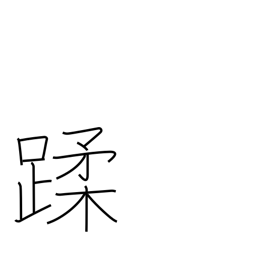
Meaning: step on